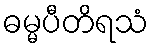
ဓမ္မပီတိရသံ